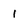
Character: 1